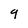
Character: 9